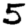
Digit: 5